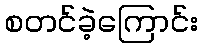
စတင်ခဲ့ကြောင်း